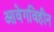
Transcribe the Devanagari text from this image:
आवेगविहीन